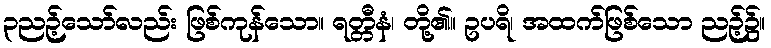
၃ညဉ့်သော်လည်း ဖြစ်ကုန်သော။ ရတ္တီနံ၊ တို့၏။ ဥပရိ၊ အထက်ဖြစ်သော ညဉ့်၌။